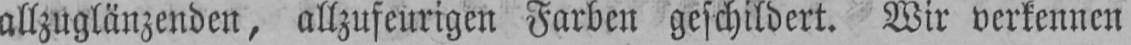
allzuglänzenden, allzufeurigen Farben geschildert. Wir verkennen